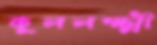
কুললক্ষ্মী